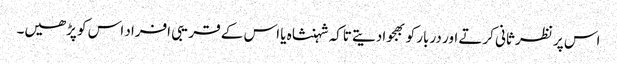
اس پر نظر ثانی کرتے اور دربار کو بھجوادیتے تاکہ شہنشاہ یا اس کے قریبی افراد اس کو پڑھیں۔